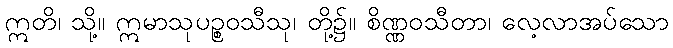
ဣတိ၊ သို့။ ဣမာသုပဉ္စဝသီသု၊ တို့၌။ စိဏ္ဏဝသီတာ၊ လေ့လာအပ်သော